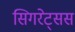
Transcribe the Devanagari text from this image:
सिगरेट्सस